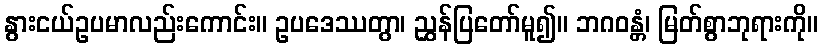
နွားငယ်ဥပမာလည်းကောင်း။ ဥပဒေဿတွာ၊ ညွှန်ပြတော်မူ၍။ ဘဂဝန္တံ၊ မြတ်စွာဘုရားကို။